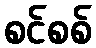
စင်စစ်